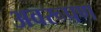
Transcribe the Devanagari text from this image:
अवरूपण